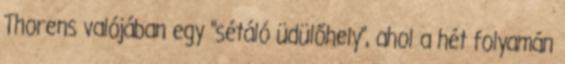
Thorens valójában egy "sétáló üdülőhely", ahol a hét folyamán